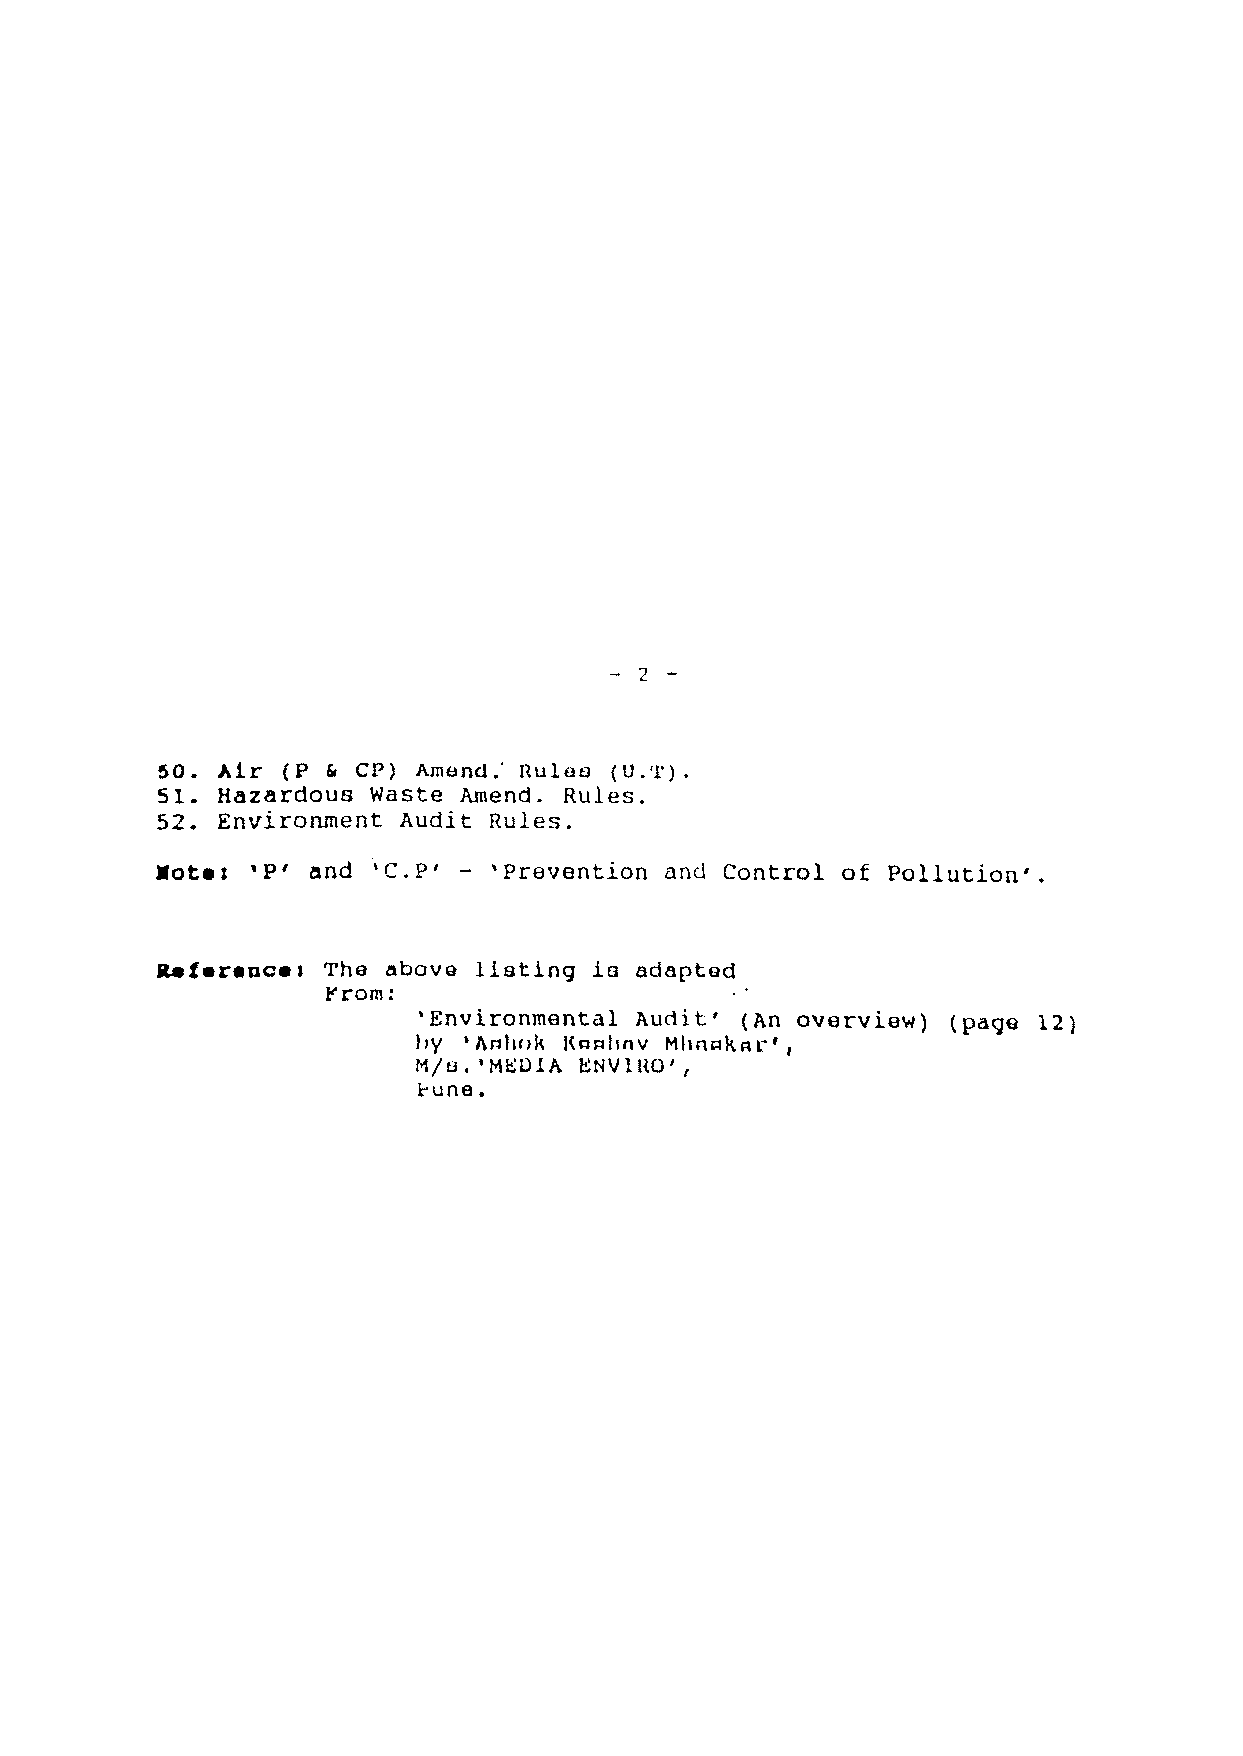
- 2 -
 50. Air  (P & CP) Amend.' Ru Lea (U.'I').
 51. Hazardous Waste Amend. Rules.
 52. Environment Audit Rules.
 • oteJ 'p' and ~C.P' - 'Prevention and Control of Pollution'.
 Reterencel The  above listing 1s adapted
 l"rom:
 'Environmental Audit' (An overview) (page 12)
 IIY 'hI=tIll)k J< Q I=t" nv MIInRk RL' ,
 M/s.'MEOIA ENVIRO',
 t'una.